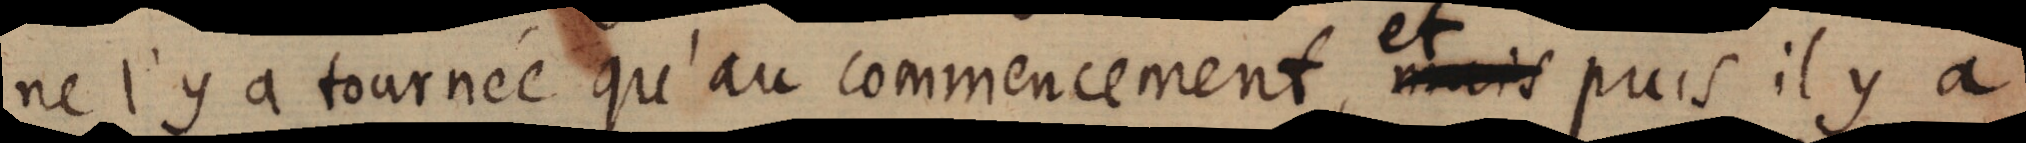
ne l’y a tournée qu’au commencement, et puis il y a